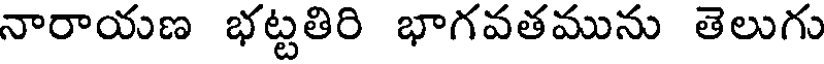
నారాయణ భట్టతిరి భాగవతమును తెలుగు